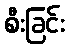
စီးခြင်း